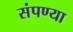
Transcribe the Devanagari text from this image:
संपण्या